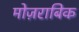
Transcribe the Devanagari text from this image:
मोज़राबिक